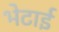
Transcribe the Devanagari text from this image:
भेटाई